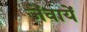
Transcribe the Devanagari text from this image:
जेंवायें